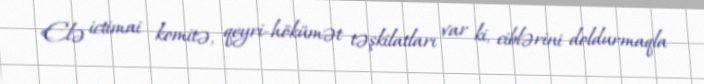
Elə ictimai komitə, qeyri-hökümət təşkilatları var ki, ciblərini doldurmaqla